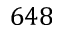
6 4 8